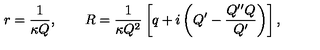
r = \frac { 1 } { \kappa Q } , \qquad R = \frac { 1 } { \kappa Q ^ { 2 } } \left[ q + i \left( Q ^ { \prime } - \frac { Q ^ { \prime \prime } Q } { Q ^ { \prime } } \right) \right] ,